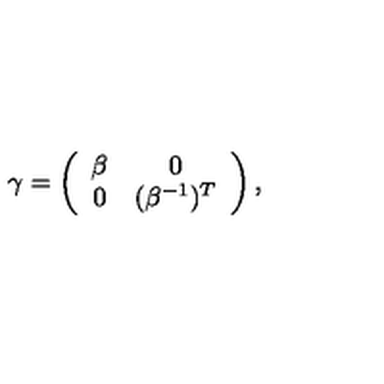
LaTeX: \gamma = \left( \begin{array} { c c } { \beta } & { 0 } \\ { 0 } & { ( \beta ^ { - 1 } ) ^ { T } } \\ \end{array} \right) ,